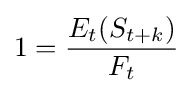
1={\frac {E_{t}(S_{t+k})}{F_{t}}}